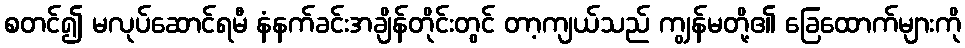
စတင်၍ မလုပ်ဆောင်ရမီ နံနက်ခင်းအချိန်တိုင်းတွင် တာ့ကျယ်သည် ကျွန်မတို့၏ ခြေထောက်များကို